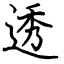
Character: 透